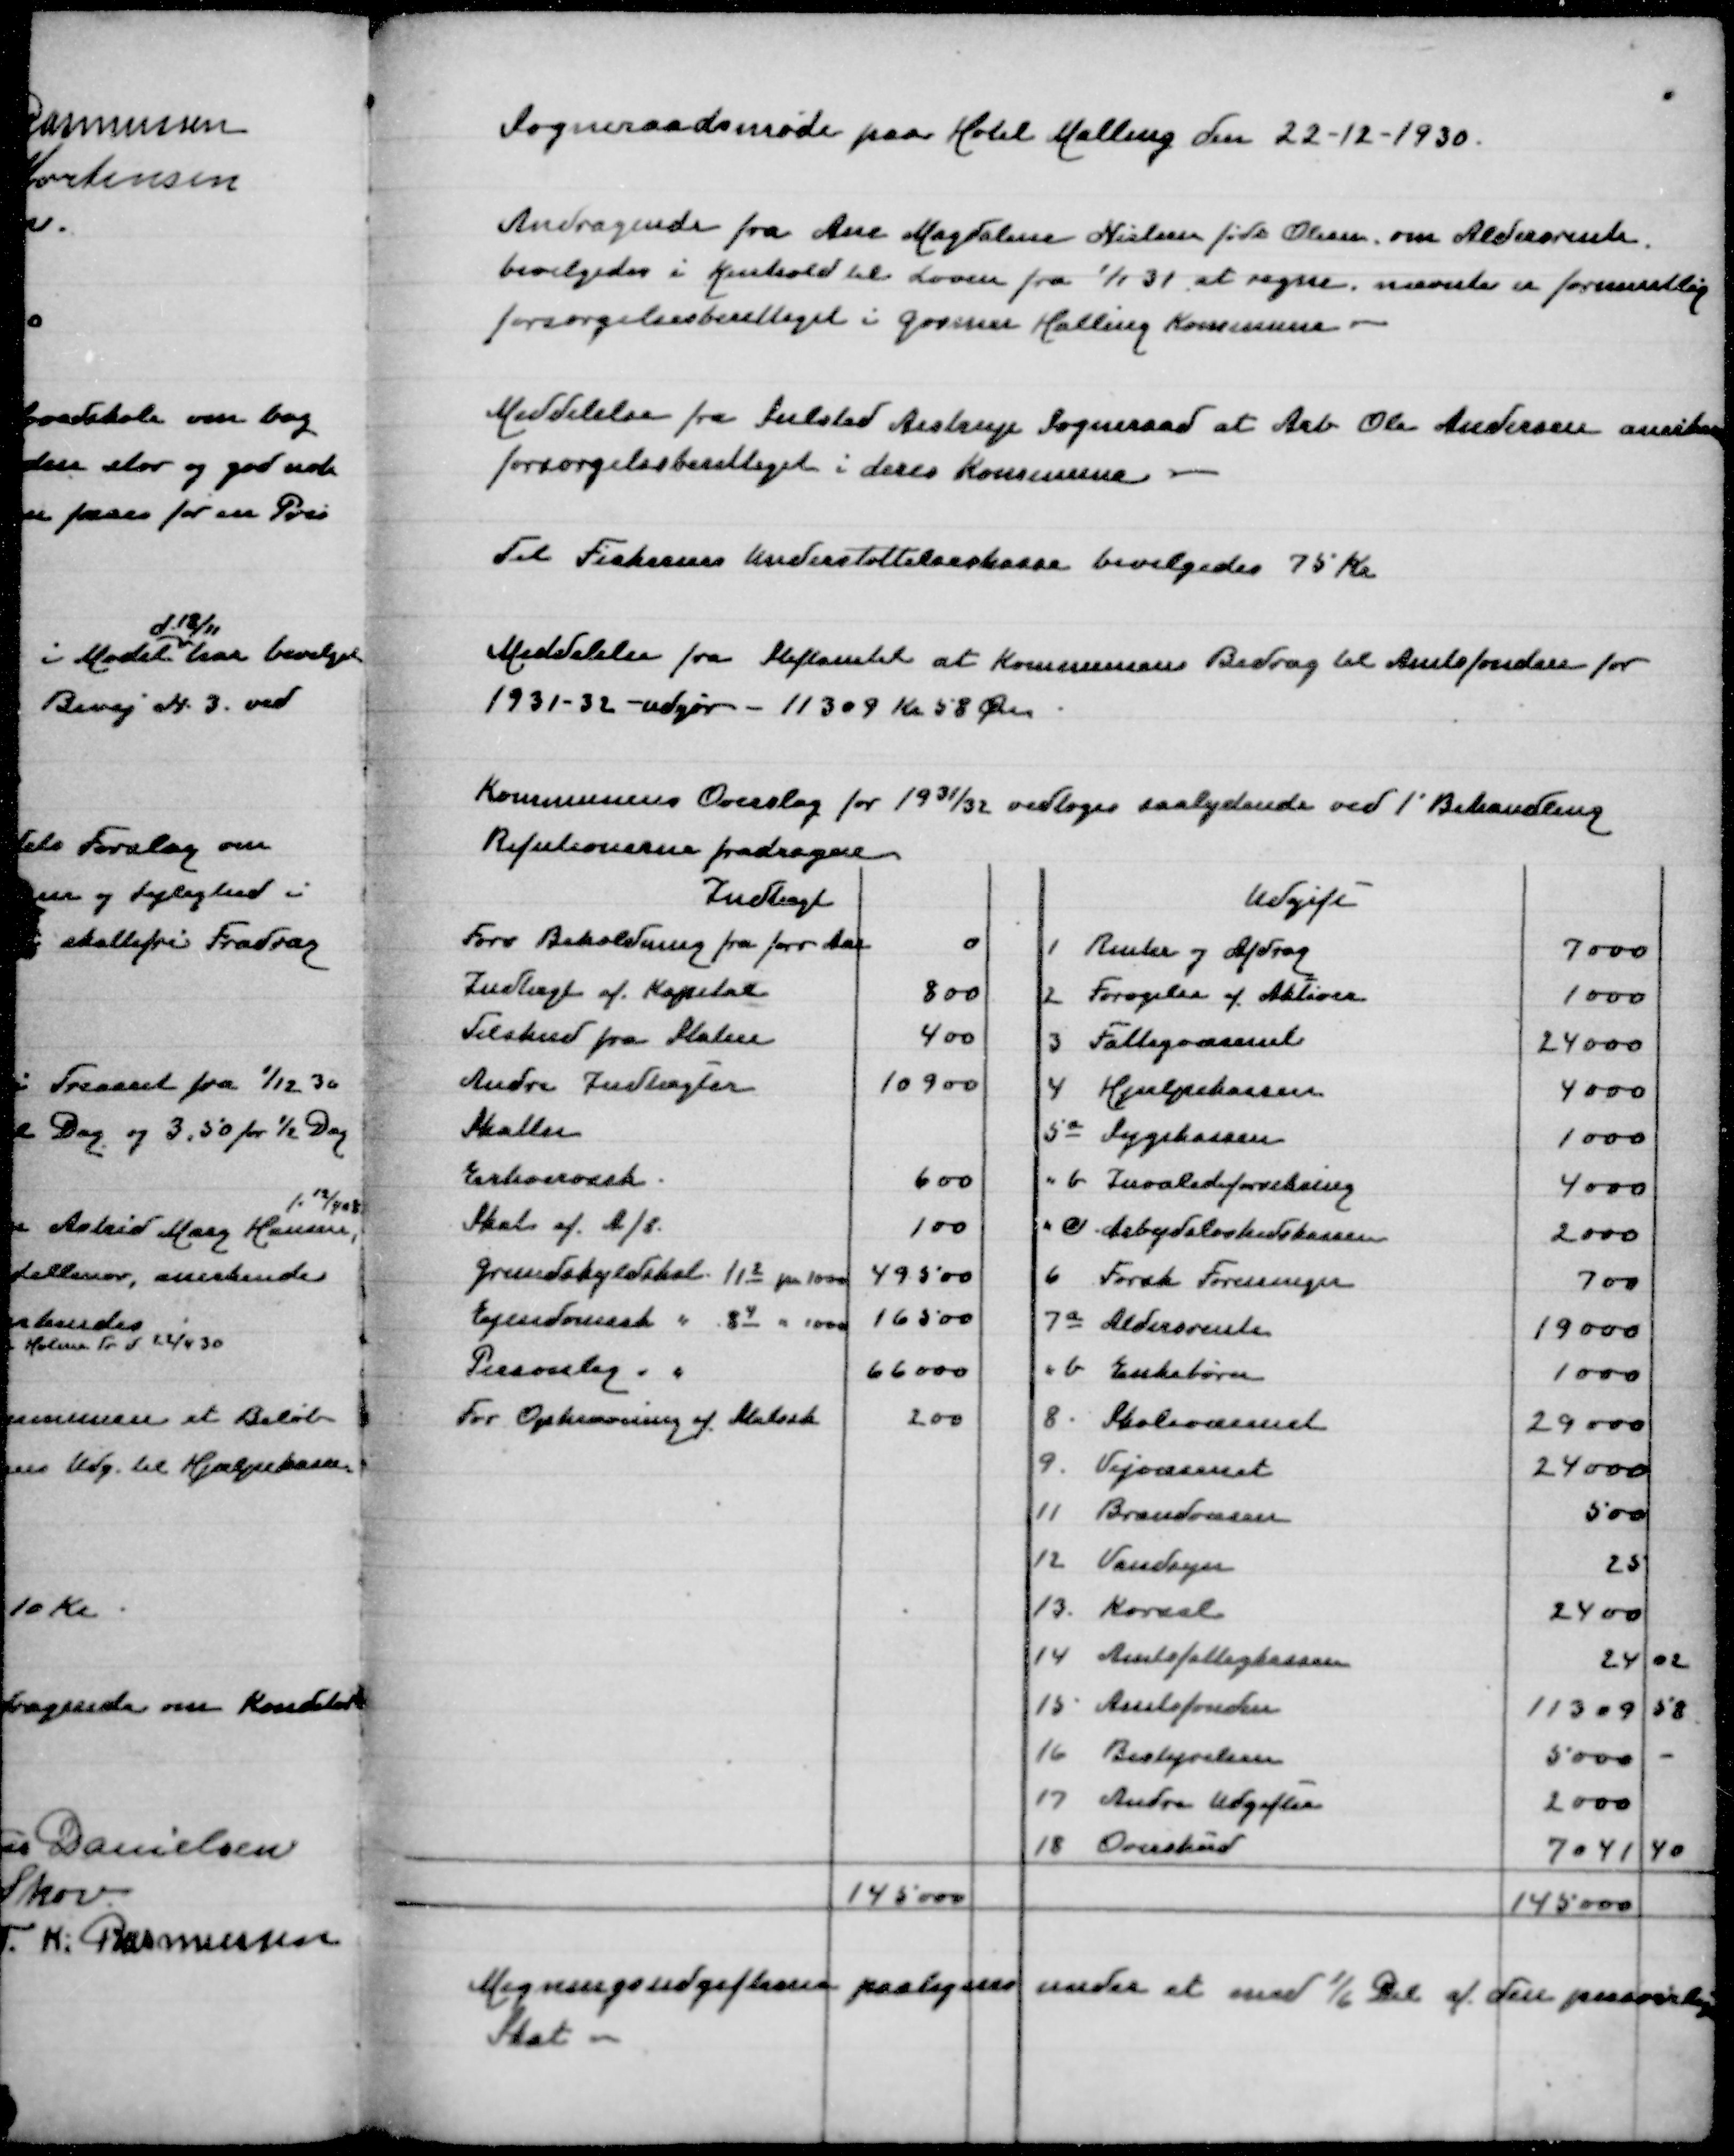
Transskription:
Sogneraadsmøde paa Hotel Malling den 22-12-1930

Andragende fra Ane Magdalene Nielsen født Olesen om Aldersrente
bevilgedes i Henhold til Loven fra 1/1 31 at regne, nævnte er formentlig
forsørgelsesberettiget i Gosmer Halling Kommune

Meddelelse fra Sulsted Aistrup Sogneraad at Arb Ole Andersen anerkendes
forsørgelsesberettiget i deres Kommune

Til  Fiskernes Understøttelseskasse bevilgedes 75 Kr

Meddelelse fra Stiftamtet at Komminens Bidrag til Amtsfonden for
1931-32 - udgør - 11309 Kr 58 Øre

Kommunens Overslag for 1931/32 vedtoges saalydende ved 1' Behandling
Refutionerne fradragne

Megningsudgifterne paalignes under et med 1/6 af den personlige
Skat